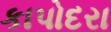
કાપોદરા